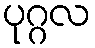
ပုဂ္ဂလ